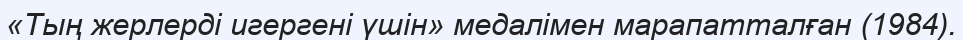
«Тың жерлерді игергені үшін» медалімен марапатталған (1984).